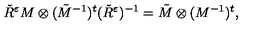
\check { R } ^ { \varepsilon } M \otimes ( \tilde { M } ^ { - 1 } ) ^ { t } ( \check { R } ^ { \varepsilon } ) ^ { - 1 } = \tilde { M } \otimes ( M ^ { - 1 } ) ^ { t } ,